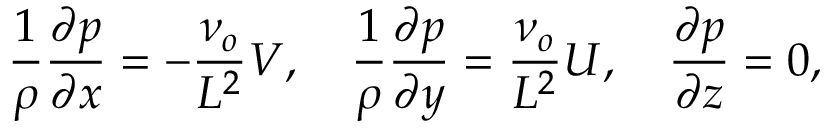
\frac { 1 } { \rho } \frac { \partial p } { \partial x } = - \frac { \nu _ { o } } { L ^ { 2 } } V , \quad \frac { 1 } { \rho } \frac { \partial p } { \partial y } = \frac { \nu _ { o } } { L ^ { 2 } } U , \quad \frac { \partial p } { \partial z } = 0 ,